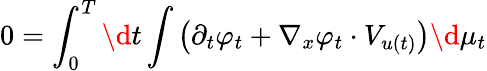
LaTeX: \begin{array}{c}{\displaystyle 0=\int_{0}^{T}\d t\int\left(\partial_{t}\varphi_{t}+\nabla_{x}\varphi_{t}\cdot V_{u(t)}\right)\d\mu_{t}}\end{array}